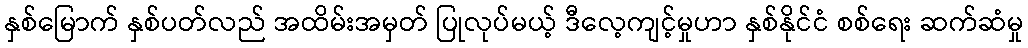
နှစ်မြောက် နှစ်ပတ်လည် အထိမ်းအမှတ် ပြုလုပ်မယ့် ဒီလေ့ကျင့်မှုဟာ နှစ်နိုင်ငံ စစ်ရေး ဆက်ဆံမှု